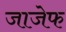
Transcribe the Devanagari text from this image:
जाजेफ